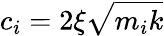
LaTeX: \textit{c}_{i}=2\xi\sqrt{\textit{m}_{i}\textit{k}}